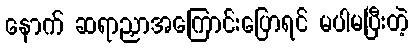
နောက် ဆရာညှာအကြောင်းပြောရင် မပါမပြီးတဲ့